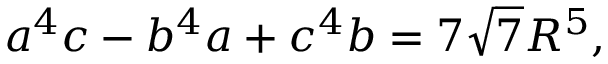
a ^ { 4 } c - b ^ { 4 } a + c ^ { 4 } b = 7 { \sqrt { 7 } } R ^ { 5 } ,